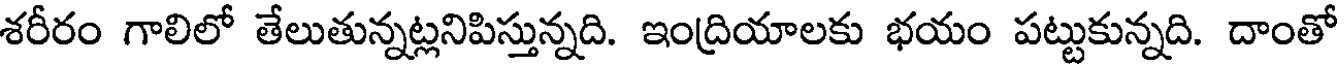
శరీరం గాలిలో తేలుతున్నట్లనిపిస్తున్నది. ఇంద్రియాలకు భయం పట్టుకున్నది. దాంతో